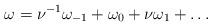
LaTeX: \begin{align*} \omega = \nu^{-1}\omega_{-1} + \omega_0 + \nu \omega_1 + \ldots\end{align*}